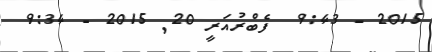
2015 - 9:43  ފެބްރުއަރީ 20